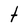
Character: t